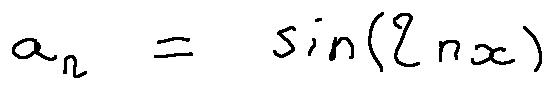
a _ { n } = \sin ( 2 n x )